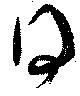
得